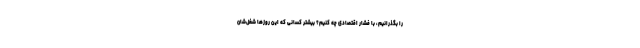
را بگذرانیم، با فشار اقتصادی چه کنیم؟ بیشتر کسانی که این روزها شغل‌شان